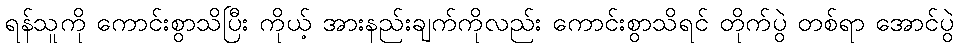
ရန်သူကို ကောင်းစွာသိပြီး ကိုယ့် အားနည်းချက်ကိုလည်း ကောင်းစွာသိရင် တိုက်ပွဲ တစ်ရာ အောင်ပွဲ